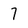
Character: 7